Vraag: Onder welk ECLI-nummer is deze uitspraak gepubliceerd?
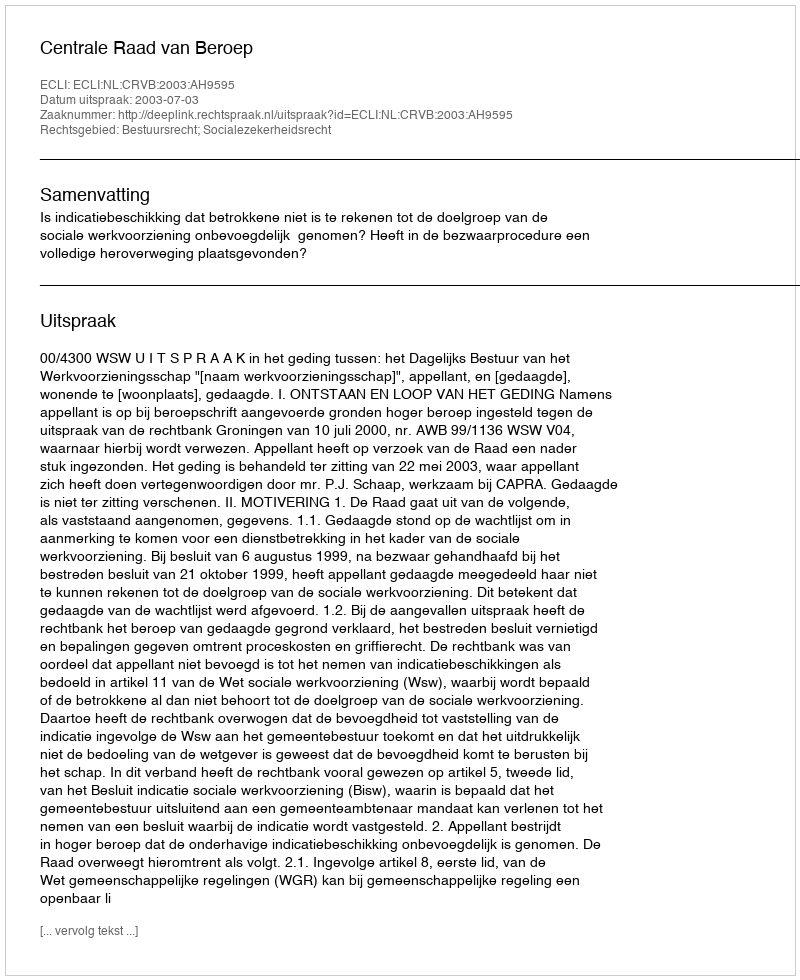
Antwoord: ECLI:NL:CRVB:2003:AH9595